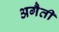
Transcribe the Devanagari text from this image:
अगैती